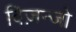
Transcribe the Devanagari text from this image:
बिज़न्जो